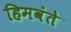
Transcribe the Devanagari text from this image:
हिमवंते